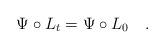
LaTeX: \begin{align*} \Psi\circ L_t = \Psi\circ L_0 \quad.\end{align*}